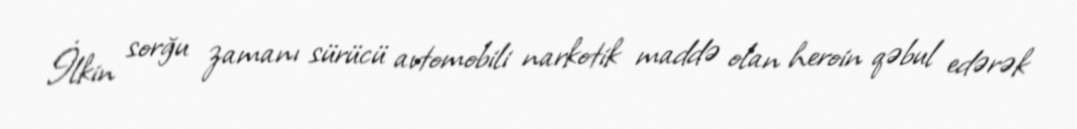
İlkin sorğu zamanı sürücü avtomobili narkotik maddə olan heroin qəbul edərək